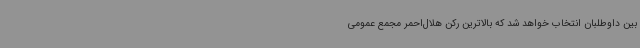
بین داوطلبان انتخاب خواهد شد که بالاترین رکن هلال‌احمر مجمع عمومی